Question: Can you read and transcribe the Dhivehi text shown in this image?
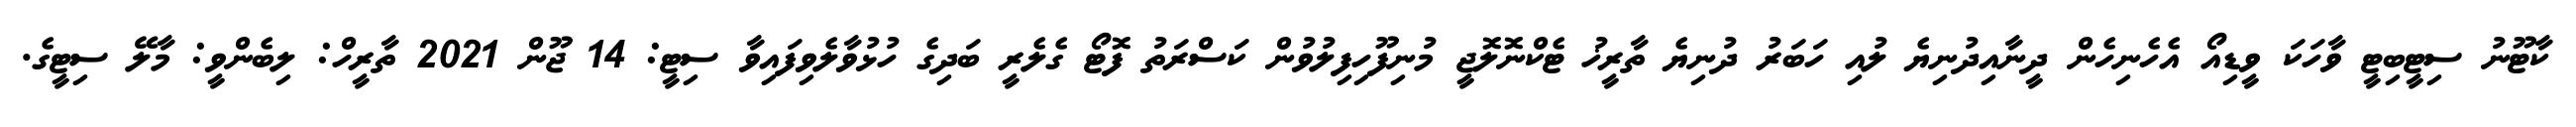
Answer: ކާޓޫނު ސިޓީބިޓީ ވާހަކަ ވީޑިއޯ އެހެނިހެން ދީނާއިދުނިޔެ ލުއި ހަބަރު ދުނިޔެ ތާރީޚު ޓެކްނޮލޮޖީ މުނިފޫހިފިލުވުން ކަސްރަތު ފޮޓޯ ގެލެރީ ބަދިގެ ހުޅުވާލެވިފައިވާ ސިޓީ: 14 ޖޫން 2021 ތާރީހް: ލިބެންވީ: މާލޭ ސިޓީގެ.